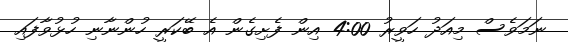
ނަމަވެސް މިއަދު ހަވީރު 4:00 އިން ފެށިގެން އެ ބޭކަރީ ހުންނާނި ހުޅުވާފައި